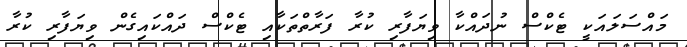
މައްސަލައަކީ ޓެކްސް ނުދައްކާ ވިޔަފާރި ކުރާ ފަރާތްތަކާއި ޓެކްސް ދައްކައިގެން ވިޔަފާރި ކުރާ